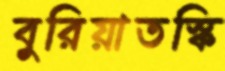
বুরিয়াতস্কি